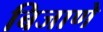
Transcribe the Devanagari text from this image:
बिजाणे